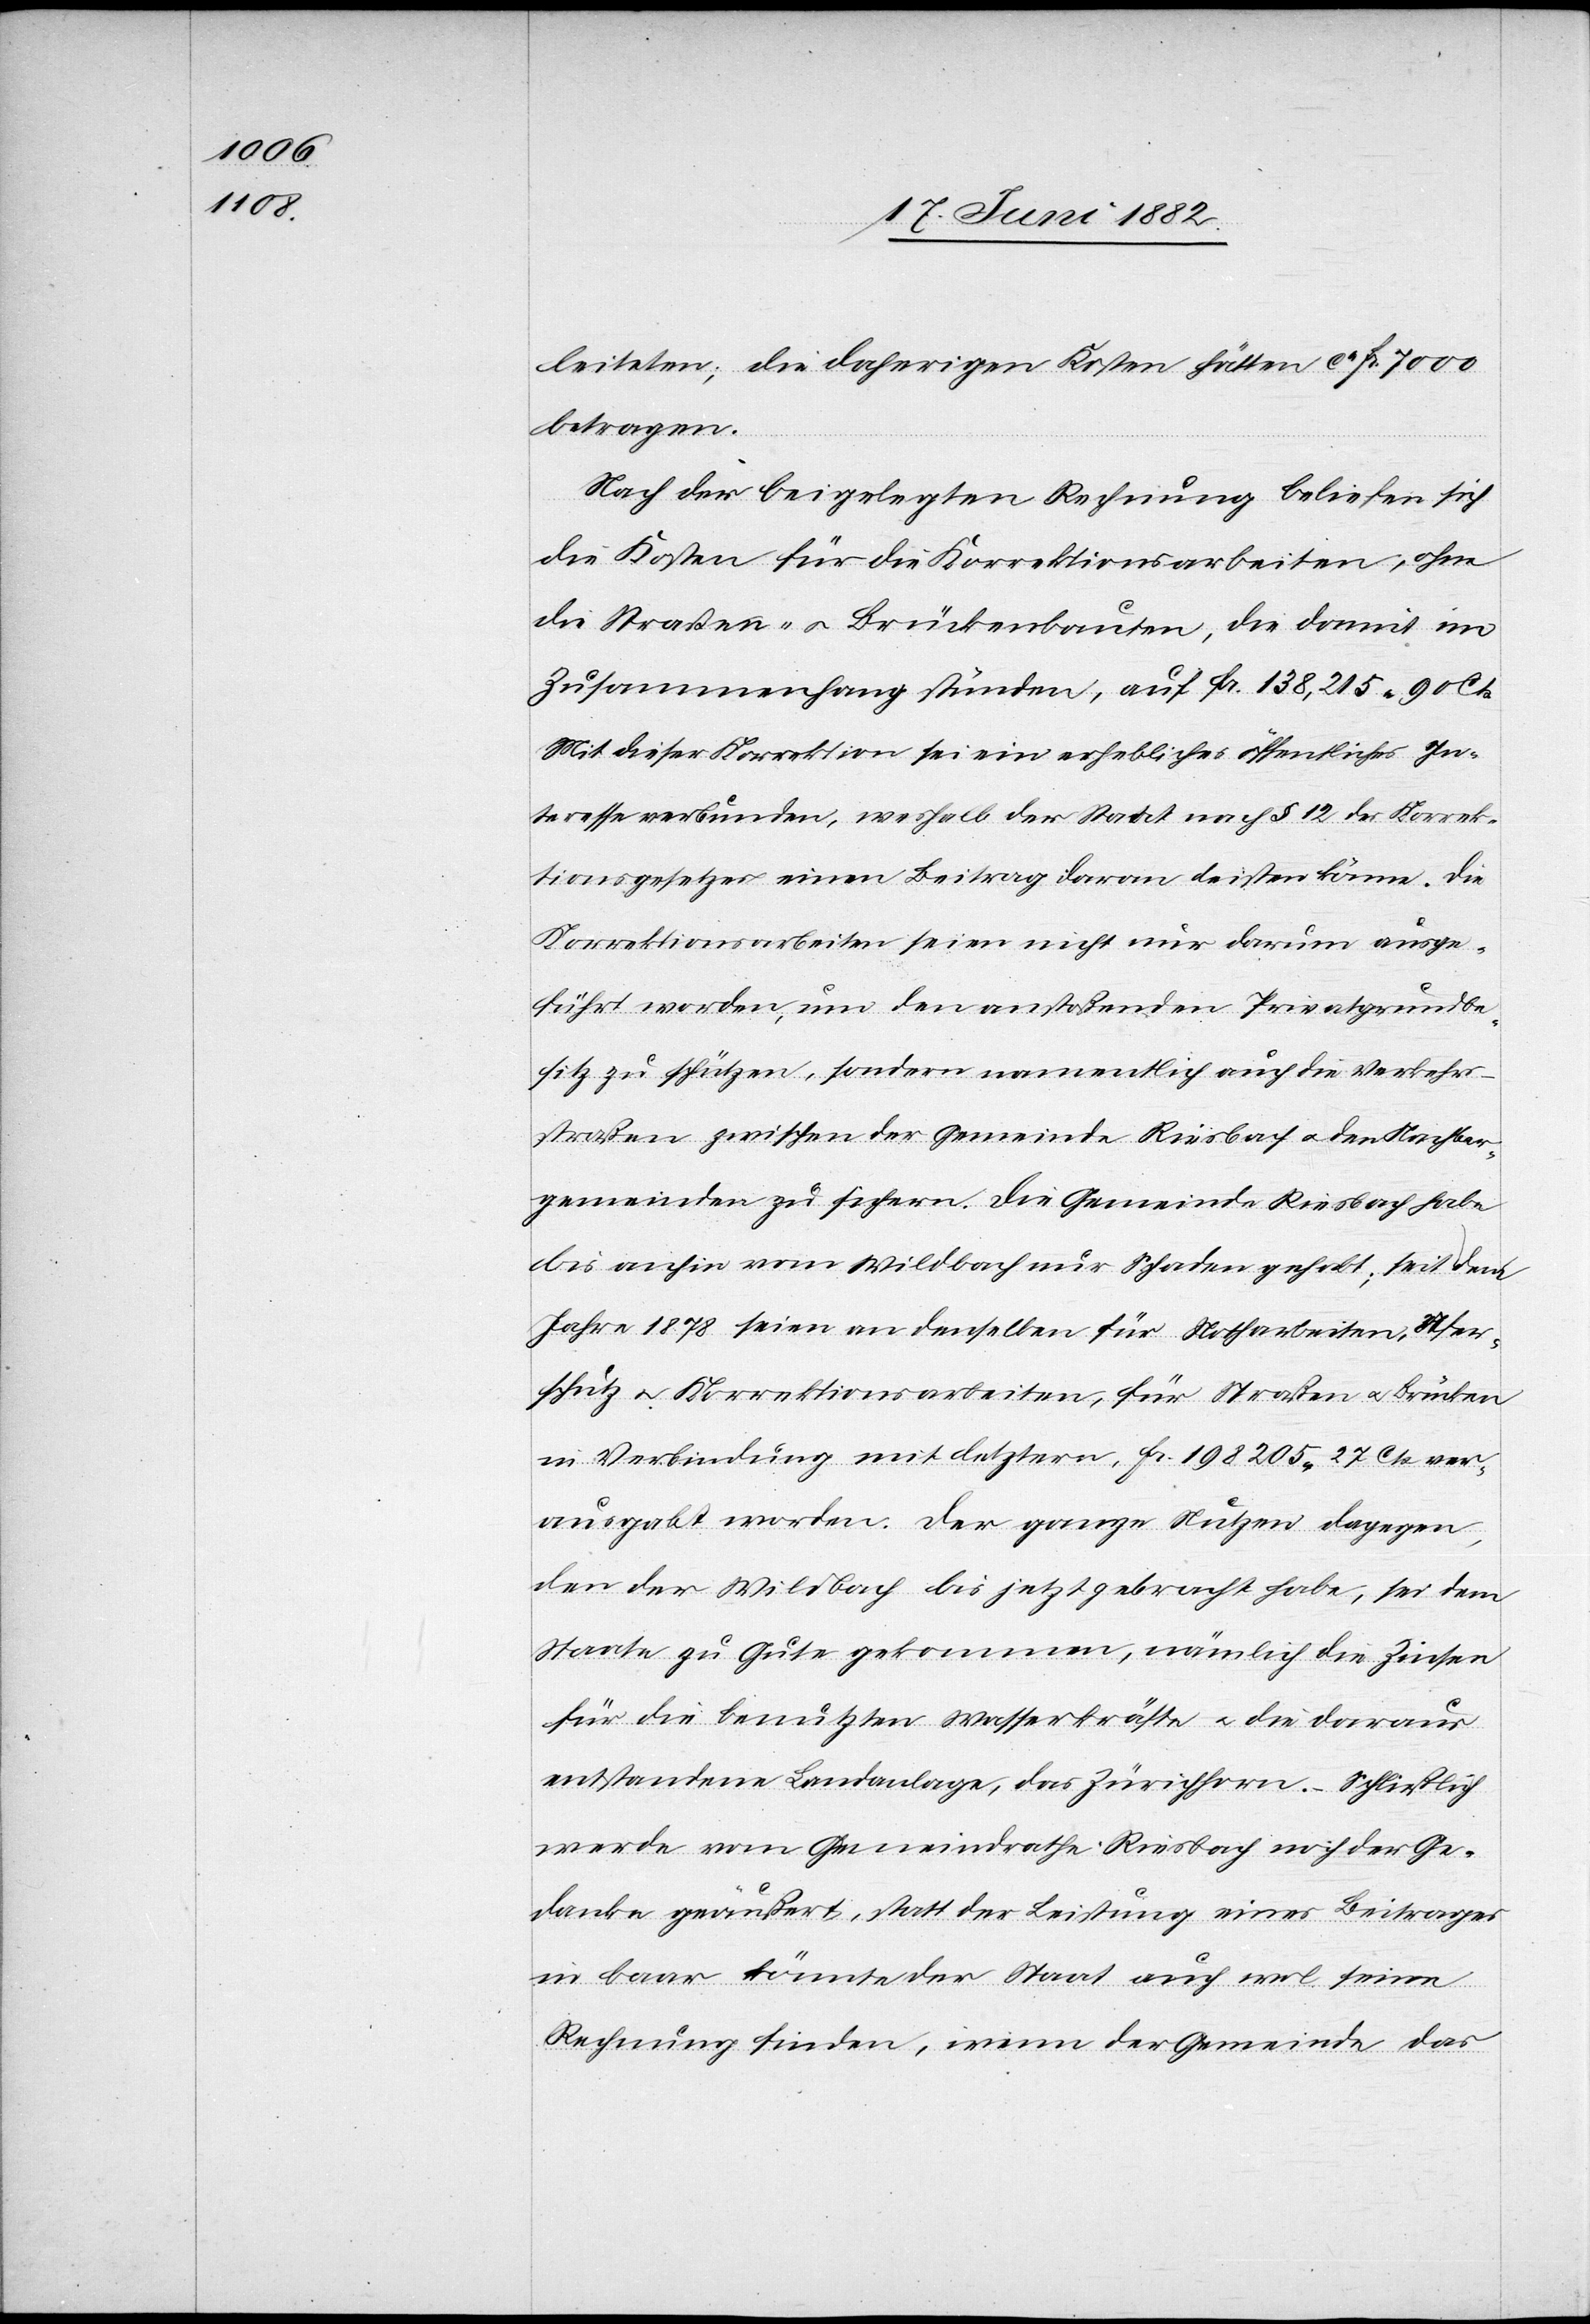
leiteten; die daherigen Kosten hätten ca Fr. 7000
betragen.
Nach der beigelegten Rechnung beliefen sich
die Kosten für die Korrektionsarbeiten, ohne
die Straßen- u. Brückenbauten, die damit im
Zusammenhang stünden, auf Fr. 138215 90 Cts.
Mit dieser Korrektion sei ein erhebliches öffentliches In¬
teresse verbunden, weshalb der Staat nach § 12 des Korrek¬
tionsgesetzes einen Beitrag daran leisten könne. Die
Korrektionsarbeiten seien nicht nur darum ausge¬
führt worden, um den anstoßenden Privatgrundbe¬
sitz zu schützen, sondern namentlich auch die Verkehr¬
sstraßen zwischen der Gemeinde Riesbach u. den Nachbar¬
gemeinden zu sichern. Die Gemeinde Riesbach habe
bis anhin vom Wildbach nur Schaden gehabt; seit dem
Jahre 1878 seien an denselben für Notharbeiten, Ufer¬
schutz u. Korrektionsarbeiten, für Straßen u. Brücken
in Verbindung mit letztern, Fr. 198 205 27 Cts. ver¬
ausgabt worden. Der ganze Nutzen dagegen,
den der Wildbach bis jetzt gebracht habe, sei dem
Staate zu Gute gekommen, nämlich die Zinsen
für die benutzten Wasserkräfte u. die daraus
entstandene Landanlage, das Zürichhorn. – Schließlich
werde vom Gemeindrathe Riesbach noch der Ge¬
danke geäußert, statt der Leistung eines Beitrages
in baar könnte der Staat auch wol seine
Rechnung finden, wenn [er] der Gemeinde das